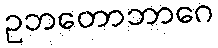
ဥဘတောဘာဂေ